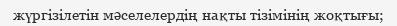
жүргізілетін мәселелердің нақты тізімінің жоқтығы;